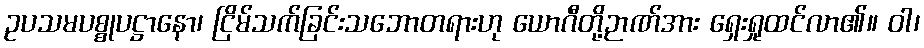
ဥပသမပစ္စုပဋ္ဌာနော၊ ငြိမ်သက်ခြင်းသဘောတရားဟု ယောဂီတို့ဉာဏ်အား ရှေးရှုထင်လာ၏။ ဝါ၊